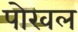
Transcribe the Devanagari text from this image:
पोरवल